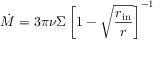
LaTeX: { \dot { M } } = 3 \pi \nu \Sigma \left[ 1 - { \sqrt { \frac { r _ { \mathrm { i n } } } { r } } } \right] ^ { - 1 }